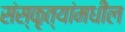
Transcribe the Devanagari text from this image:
संस्कृत्यांमधील